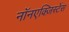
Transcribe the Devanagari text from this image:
नॉनएक्ज़िस्टेंस